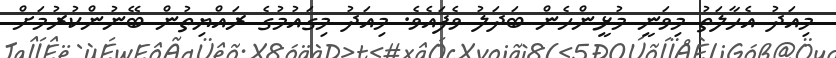
މިއަދު އެހާލަތު މިވަނީ މުޅީންހެން ބަދަލު ވެފައެވެ. މިއަދު މިގައުމުގެ ރައްޔިތުން ބޭނުންކުރުމަށް